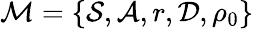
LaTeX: \mathcal M=\{ \mathcal S,\mathcal A,r,\mathcal D,\rho_{0}\}